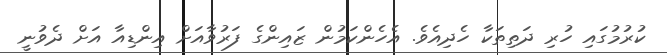
ކުރުމުގައި ހުރި ދަތިތަކާ ހެދިއެވެ. އެހެންކަމުން ޒައިންގެ ފަރުވާއަށް އިންޑިއާ އަށް ދެވުނީ